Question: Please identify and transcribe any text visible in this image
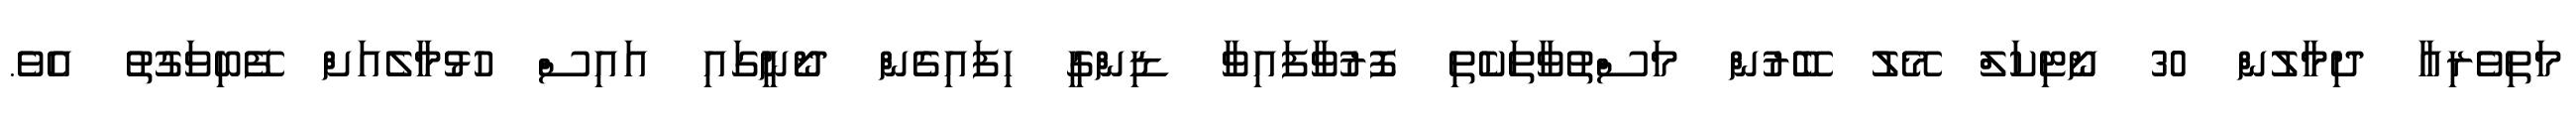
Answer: މަތިވެރިއާ ދިމާލުން 30 ނޯޓިކަލް މޭލު ބޭރުން މަސްތުވާތަކެތި ފޮރުވާފައިވާ ޑިންގީ ހިފައިގެން ދޯނީގައި އައިސް ހުޅުމާލެއަށް ފޭބިވަގުތު އެވެ.